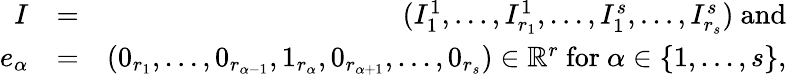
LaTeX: \begin{array}{rlr}{I}&{=}&{(I_{1}^{1},...,I_{r_{1}}^{1},...,I_{1}^{s},...,I_{r_{s}}^{s})\mathrm{~and}}\\ {e_{\alpha}}&{=}&{\left(0_{r_{1}},...,0_{r_{\alpha-1}},1_{r_{\alpha}},0_{r_{\alpha+1}},...,0_{r_{s}}\right)\in\mathbb{R}^{r}\mathrm{~for~}\alpha\in\left\{ 1,...,s\right\} \mathrm{,}}\end{array}